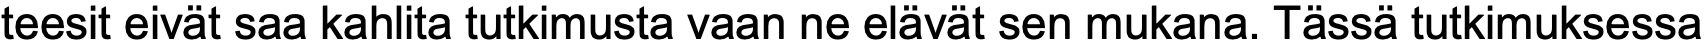
teesit eivät saa kahlita tutkimusta vaan ne elävät sen mukana. Tässä tutkimuksessa